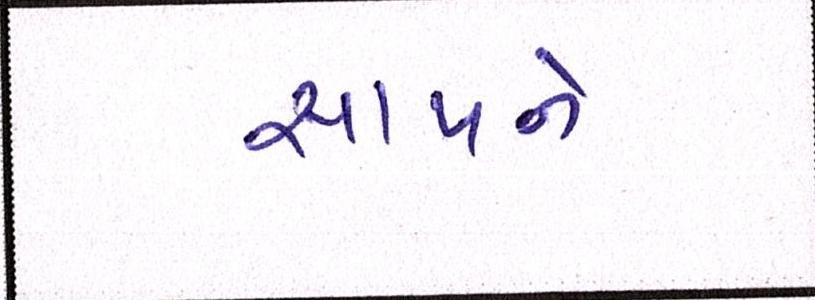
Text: સાપને